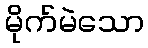
မိုက်မဲသော